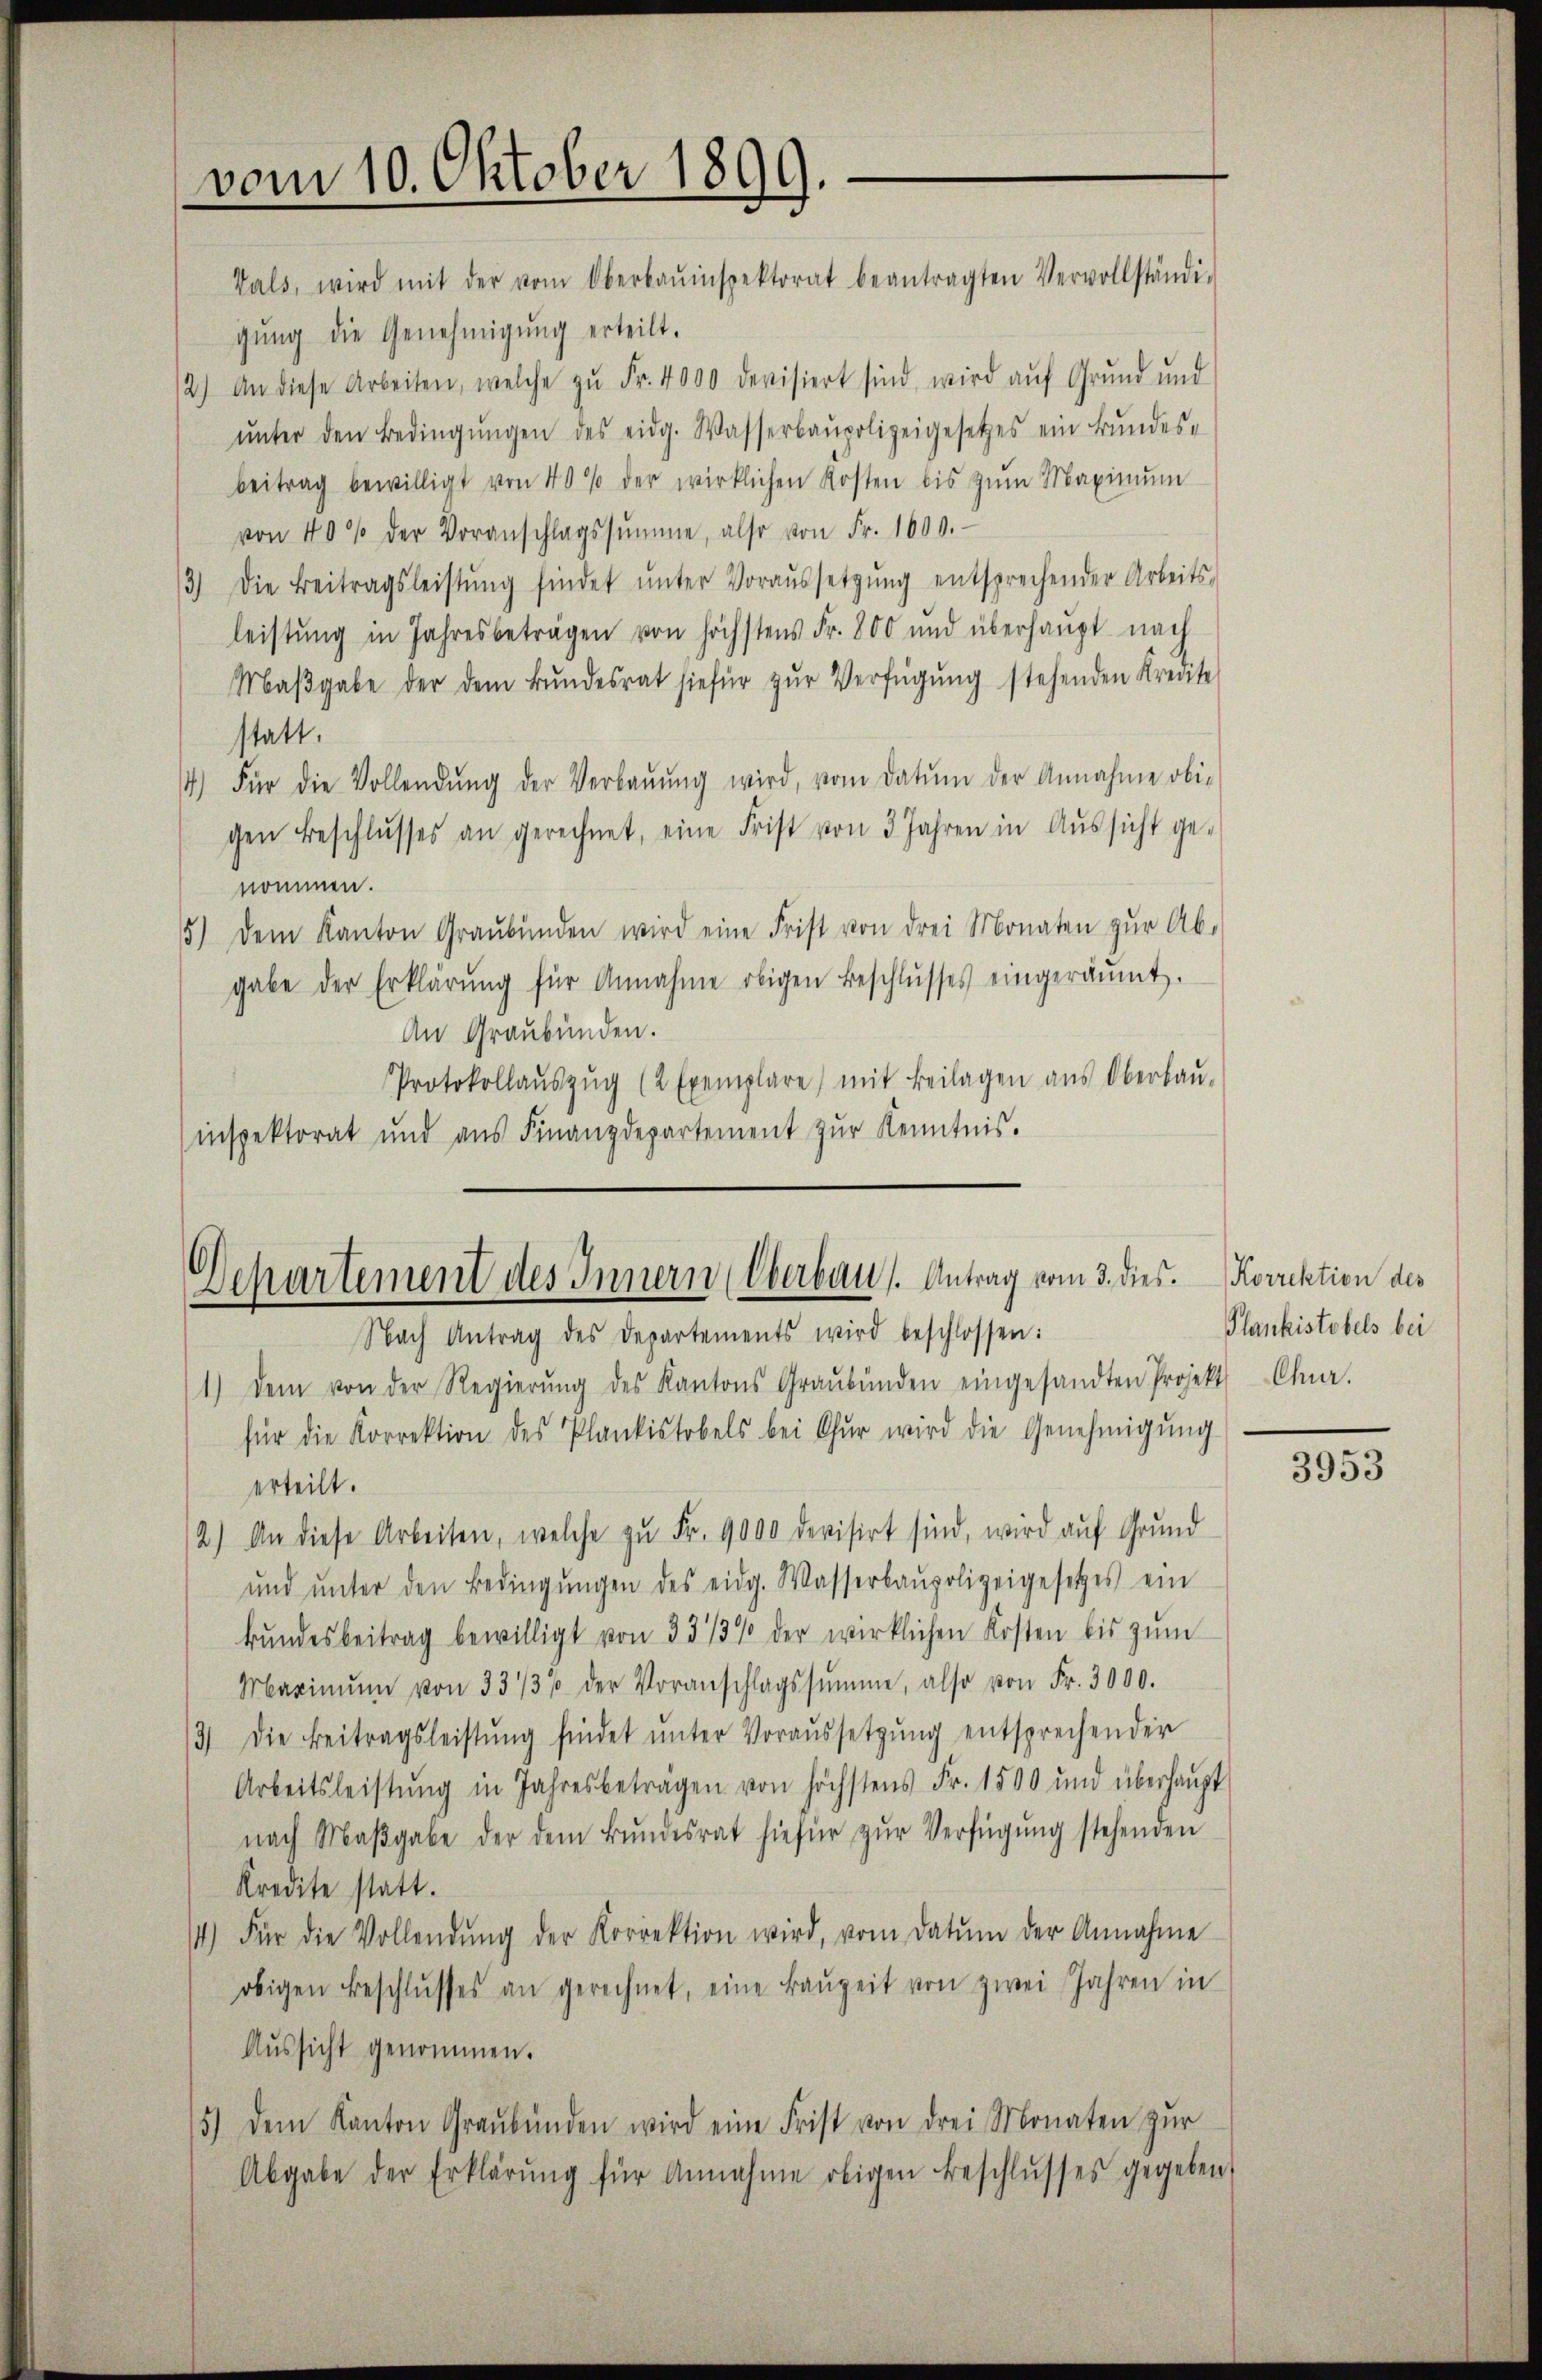
vom 10. Oktober 1890.
kals, wird mit der vom Oberbauinspektorat beantragten Vervollständi-

gŭng die Genehmigŭng erteilt.
12.) An diese Arbeiten, welche zŭ Fr. 4000 devisiert sind, wird aŭf Grŭnd und
ŭnter den Bedingŭngen des eidg. Wasserbaupolizeigesetzes ein Bŭndes-
beitrag bewilligt von 40% der wirklichen Kosten bis zŭm Maximŭm
von 40% der Voranschlagssumme, also von Fr. 1000.
13) Die Beitragsleistŭng findet ŭnter Voraŭssetzŭng entsprechender Arbeits-
leistŭng in Jahresbeträgen von höchstens Fr. 800 und überhaupt nach
Maβgabe der dem Bŭndesrat hiefür zŭr Verfügŭng stehenden Kredite
statt.
4.) Für die Vollendŭng der Verbaŭŭng wird, vom Datum der Annahme obi-
gen Beschlŭsses an gerechnet, eine Frist von 3 Jahren in Aŭssicht genommen.
5) dem Kanton Graubünden wird eine Frist von drei Monaten zŭr Ab-
gabe der Erklärŭng für Annahme obigen Beschlŭsses eingeräumt.
An Graubünden.
Protokollaŭszŭg (2 Exemplare) mit Beilagen aŭs Oberbaŭ-
inspektorat und aŭs Finanzdepartement zŭr Kenntnis.

Dchartement des Innern (Oberbaus Antrag vom 3. dies.

Nach Antrag des Departements wird beschlossen:
1) dem von der Regierŭng des Kantons Graubünden eingesandten Projekt Chur.
für die Korrektion des Plankistobels bei Chur wird die Genehmigŭng
erteilt.
12.) An diese Arbeiten, welche zŭ Fr. 9000 devisirt sind, wird aŭf Grund
ŭnd ŭnter den Bedingŭngen des eidg. Wasserbaupolizeigesetzes ein
kŭndesbeitrag bewilligt von 33/3% der wirklichen Kosten bis zŭm
Maximŭm von 33/3% der Voranschlagssumme, also von Fr. 3000.
13) Die Beitragsleistŭng findet ŭnter Voraŭssetzŭng entsprechender
Arbeitsleistŭng in Jahresbeträgen von höchstens Fr. 1500 und überhaupt
nach Maβgabe der dem Bŭndesrat hiefür zŭr Verfügŭng stehenden
Kredite statt.
4) Für die Vollendŭng der Korrektion wird, vom Datum der Annahme
obigen Beschlŭsses an gerechnet, eine Baŭzeit von zwei Jahren in
Aussicht genommen.
5) dem Kanton Graubünden wird eine Frist von drei Monaten zŭr
Abgabe der Erklärŭng für Annahme obigen Beschlŭsses gegeben,

Korrektion des
Plankistobels bei

3953